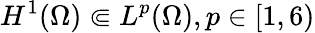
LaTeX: H^{1}(\Omega)\Subset L^{p}(\Omega),p\in[1,6)